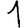
Digit: 1